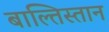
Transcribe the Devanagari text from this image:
बाल्तिस्तान